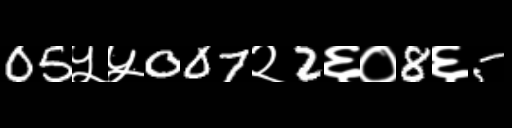
Text: 05५५007२2६०8६5